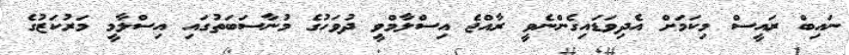
ނައިބް ރައީސް މިކަމަށް އެދިވަޑައިގެންނެވީ ރާއްޖެ އިސްލާމްވީ ދުވަހުގެ މުނާސަބަތުގައި އިސްލާމީ މަރުކަޒުގެ